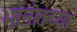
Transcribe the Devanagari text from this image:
भानोतच्या